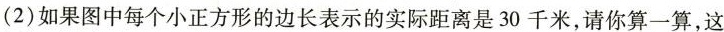
(2)如果图中每个小正方形的边长表示的实际距离是30千米，请你算一算，这